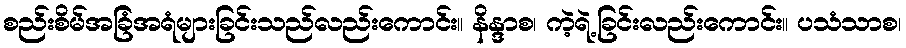
စည်းစိမ်အခြံအရံများခြင်းသည်လည်းကောင်း။ နိန္ဒာစ၊ ကဲ့ရဲ့ခြင်းလည်းကောင်း။ ပသံသာစ၊